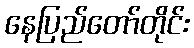
နေပြည်တော်တိုင်း